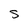
Character: S